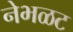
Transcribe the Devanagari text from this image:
नेभळट